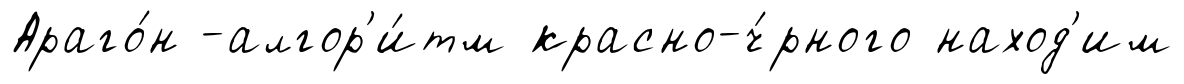
Араго́н -алгор'и́тм красно-ч́рного наход'им